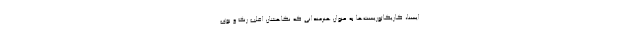
ایسنا، کاریکاتوریست‌ها به عنوان هنرمندانی که نگاهشان اغلب رنگ و بوی